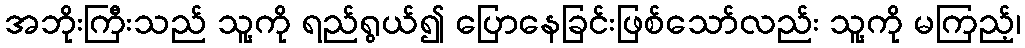
အဘိုးကြီးသည် သူ့ကို ရည်ရွယ်၍ ပြောနေခြင်းဖြစ်သော်လည်း သူ့ကို မကြည့်၊